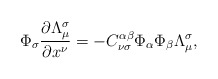
\begin{align*}\Phi_\sigma\frac{\partial \Lambda^\sigma_\mu}{\partial x^\nu} =-C^{\alpha\beta}_{\nu\sigma}\Phi_\alpha\Phi_\beta\Lambda^\sigma_\mu,\end{align*}